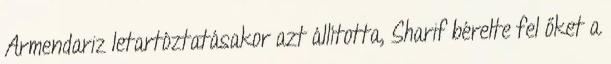
Armendariz letartóztatásakor azt állította, Sharif bérelte fel őket a